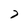
Character: 7